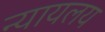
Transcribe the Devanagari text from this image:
न्‍यायलय